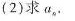
(2)求a_{|